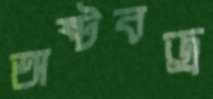
অষ্টবজ্র